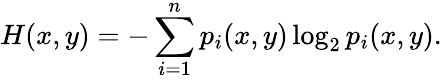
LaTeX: H(x,y)=-\sum_{i=1}^{n}p_{i}(x,y)\log_{2}{p_{i}(x,y)}.